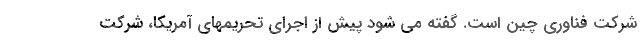
شرکت فناوری چین است. گفته می شود پیش از اجرای تحریمهای آمریکا، شرکت